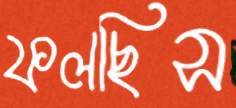
ফলছিস